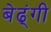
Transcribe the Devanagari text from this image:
बेढ्ंगी